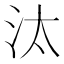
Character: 汰